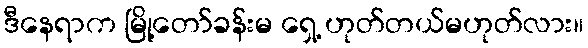
ဒီနေရာက မြို့တော်ခန်းမ ရှေ့ ဟုတ်တယ်မဟုတ်လား။